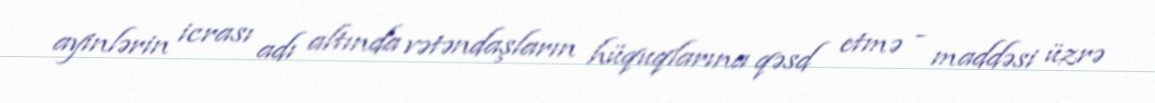
ayinlərin icrası adı altında vətəndaşların hüquqlarına qəsd etmə - maddəsi üzrə